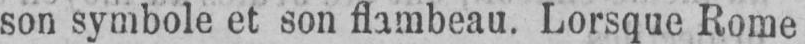
son symbole et son flambeau. Lorsque Rome